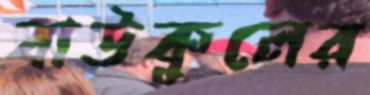
বাউকুলের